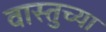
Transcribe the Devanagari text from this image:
वास्तुच्या